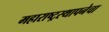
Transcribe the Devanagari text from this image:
महाराष्ट्रस्थापनेचा